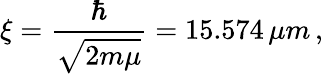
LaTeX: \xi={\frac{\hbar}{\sqrt{2m\mu}}}=15.574\, \mu m\, ,